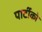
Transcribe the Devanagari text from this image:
पार्टीको